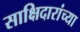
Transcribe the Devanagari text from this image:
साक्षिदारांच्या